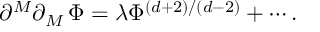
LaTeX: \partial ^ { M } \partial _ { M } \, \Phi = \lambda \Phi ^ { \left( d + 2 \right) / \left( d - 2 \right) } + \cdots .